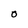
Character: O